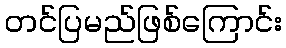
တင်ပြမည်ဖြစ်ကြောင်း